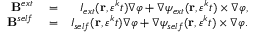
\begin{array} { r l r } { \mathbf { B } ^ { e x t } } & { { } = } & { I _ { e x t } ( \mathbf { r } , \varepsilon ^ { k } t ) \nabla \varphi + \nabla \psi _ { e x t } ( \mathbf { r } , \varepsilon ^ { k } t ) \times \nabla \varphi , } \\ { \mathbf { B } ^ { s e l f } } & { { } = } & { I _ { s e l f } ( \mathbf { r } , \varepsilon ^ { k } t ) \nabla \varphi + \nabla \psi _ { s e l f } ( \mathbf { r } , \varepsilon ^ { k } t ) \times \nabla \varphi . } \end{array}